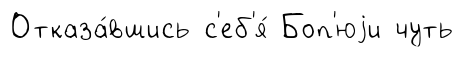
Отказа́вшись с'еб'я́ Боп'юjи чуть